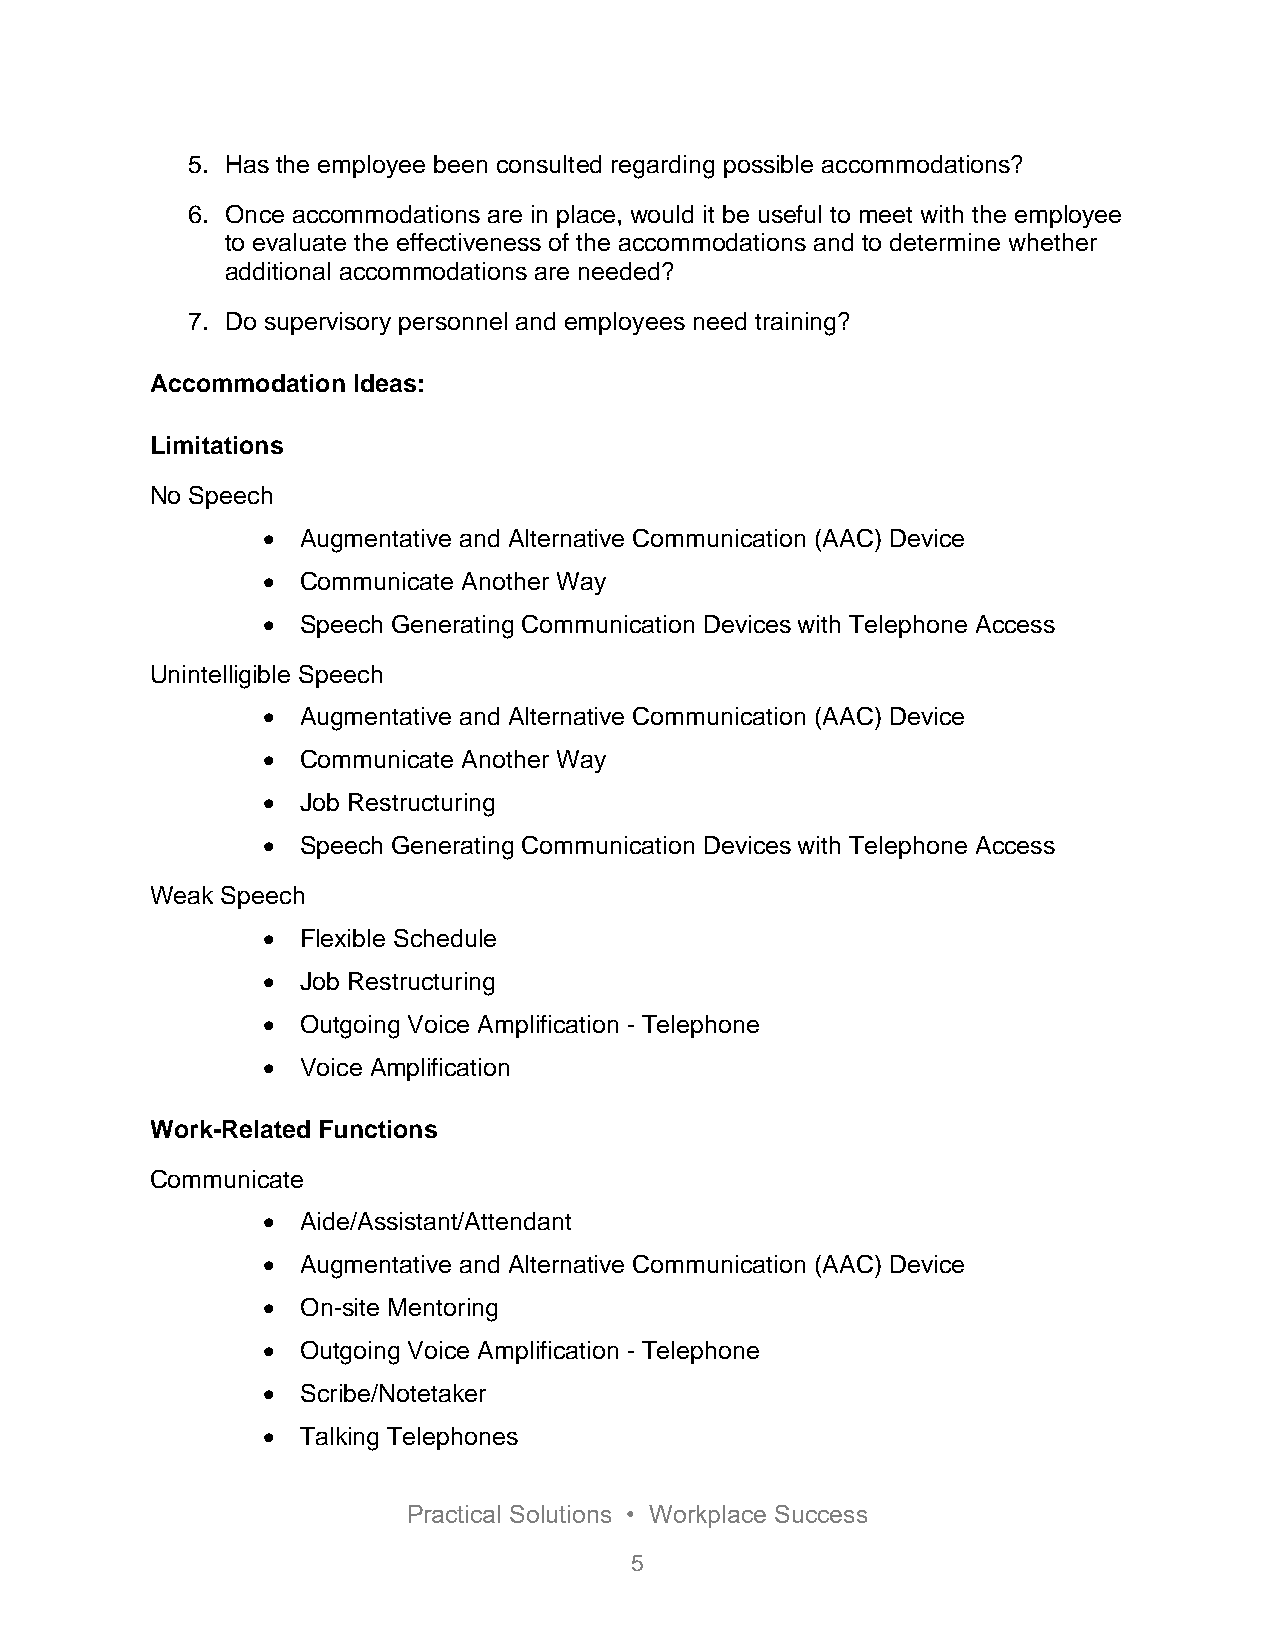
5. Has the employee been consulted regarding possible accommodations?
 6. Once accommodations are in place, would it be useful to meet with the employee
 to evaluate the effectiveness of the accommodations and to determine whether
 additional accommodations are needed?
 7. Do supervisory personnel and employees need training?
 Accommodation Ideas:
 Limitations
 No Speech
   Augmentative and Alternative Communication (AAC) Device
   Communicate Another Way
   Speech Generating Communication Devices with Telephone Access
 Unintelligible Speech
   Augmentative and Alternative Communication (AAC) Device
   Communicate Another Way
   Job Restructuring
   Speech Generating Communication Devices with Telephone Access
 Weak Speech
   Flexible Schedule
   Job Restructuring
   Outgoing Voice Amplification - Telephone
   Voice Amplification
 Work-Related Functions
 Communicate
   Aide/Assistant/Attendant
   Augmentative and Alternative Communication (AAC) Device
   On-site Mentoring
   Outgoing Voice Amplification - Telephone
   Scribe/Notetaker
   Talking Telephones
 Practical Solutions • Workplace Success
 5